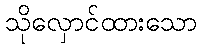
သိုလှောင်ထားသော